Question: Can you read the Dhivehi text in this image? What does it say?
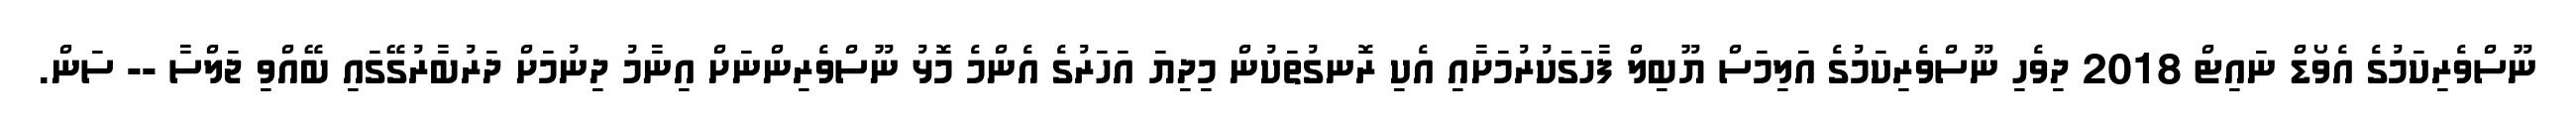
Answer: ނޫސްވެރިކަމުގެ އެވޯޑް ނައިޓް 2018 ދިވެހި ނޫސްވެރިކަމުގެ އަލިމަސް ޔޫބިލް ފާހަގަކުރުމަށާއި އެކި ރޮނގުތަކުން މިދިޔަ އަހަރުގެ އެންމެ މޮޅު ނޫސްވެރިންނަށް އިނާމު ދިނުމަށް ދަރުބާރުގޭގައި ބޭއްވި ޖަލްސާ -- ސަން.